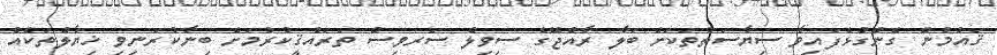
ޤައުމުން ގެންގުޅެފައިވާ ސިޔާސަތުތަކަށް ބަލާ ރާއްޖޭގެ ސިވިލް ސަރވިސް ތަރައްޤީކުރުމަށް ބިނާކުރަނިވި ޚިޔާލުތަކެއް